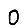
Digit: 0